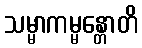
သမ္မာကမ္မန္တောတိ